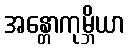
အန္တောကုမ္ဘိယာ